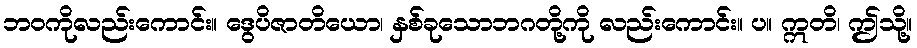
ဘဝကိုလည်းကောင်း။ ဒွေပိဇာတိယော၊ နှစ်ခုသောဘဂတို့ကို လည်းကောင်း။ ပ။ ဣတိ၊ ဤသို့။